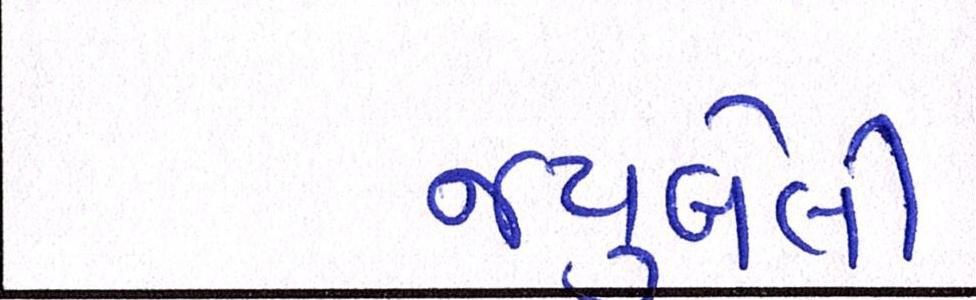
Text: જ્યુબેલી